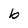
Character: b